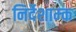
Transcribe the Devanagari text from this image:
निर्देशाम्क